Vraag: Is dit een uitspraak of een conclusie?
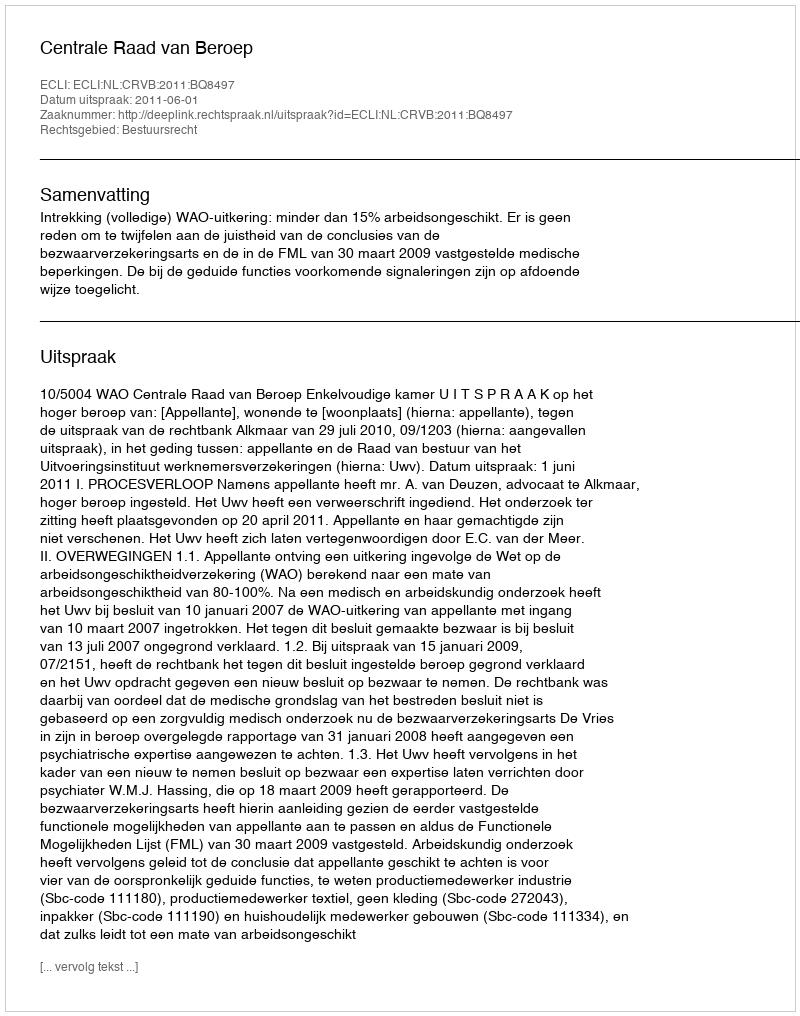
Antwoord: Uitspraak